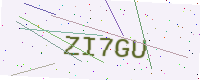
Text: ZI7GU